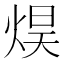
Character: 𰞮